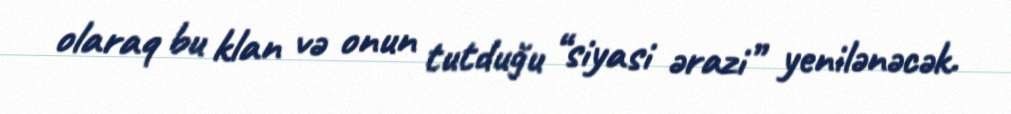
olaraq bu klan və onun tutduğu “siyasi ərazi” yenilənəcək.